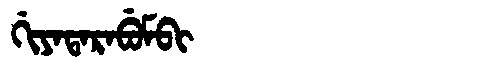
Manchu: ᡤᡳᠶᠠᡨᠠᡵᠠᠪᡠᠮᠪᡳ
Romanization: GIYATARABUMBI